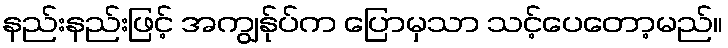
နည်းနည်းဖြင့် အကျွန်ုပ်က ပြောမှသာ သင့်ပေတော့မည်။